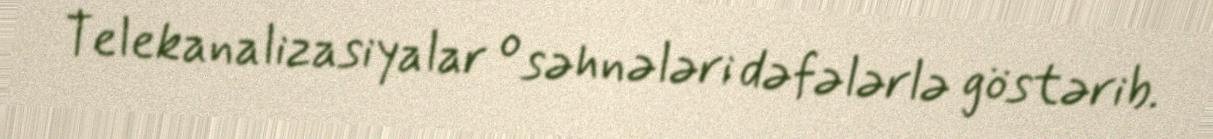
Telekanalizasiyalar o səhnələri dəfələrlə göstərib.